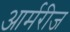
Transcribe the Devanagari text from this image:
आर्मरीज